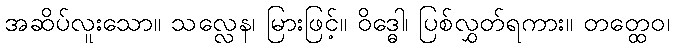
အဆိပ်လူးသော။ သလ္လေန၊ မြားဖြင့်။ ဝိဒ္ဓေါ၊ ပြစ်လွှတ်ရကား။ တတ္ထေဝ၊